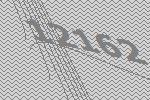
12162